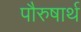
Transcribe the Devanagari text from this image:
पौरुषार्थ